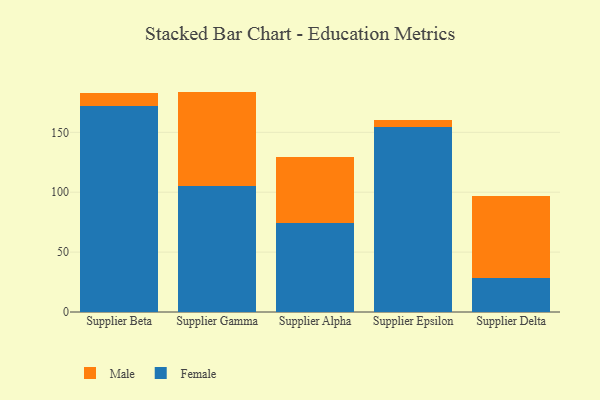
{"axis": {"x": "Supplier", "y": "Page Views"}, "legend": ["Female", "Male"], "data": [{"x": "Supplier Beta", "y": 171.6, "type": "Female"}, {"x": "Supplier Beta", "y": 11.6, "type": "Male"}, {"x": "Supplier Gamma", "y": 105.5, "type": "Female"}, {"x": "Supplier Gamma", "y": 78.5, "type": "Male"}, {"x": "Supplier Alpha", "y": 74.6, "type": "Female"}, {"x": "Supplier Alpha", "y": 55.2, "type": "Male"}, {"x": "Supplier Epsilon", "y": 154.1, "type": "Female"}, {"x": "Supplier Epsilon", "y": 6.4, "type": "Male"}, {"x": "Supplier Delta", "y": 28.0, "type": "Female"}, {"x": "Supplier Delta", "y": 68.7, "type": "Male"}]}